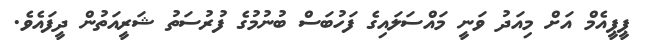
ޕީޕީއެމް އަށް މިއަދު ވަނީ މައްސަލައިގެ ފަހުބަސް ބުނުމުގެ ފުރުސަތު ޝަރީއަތުން ދީފައެވެ.